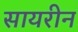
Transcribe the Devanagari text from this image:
सायरीन